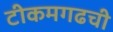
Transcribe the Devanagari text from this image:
टीकमगढची